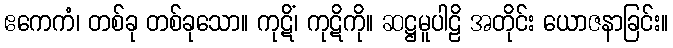
ဧကေကံ၊ တစ်ခု တစ်ခုသော။ ကုဋိံ၊ ကုဋိကို။ ဆဋ္ဌမူပါဠိ အတိုင်း ယောဇနာခြင်း။